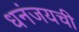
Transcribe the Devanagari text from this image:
धनंजयची